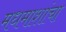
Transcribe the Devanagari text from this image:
मधमाशांचा